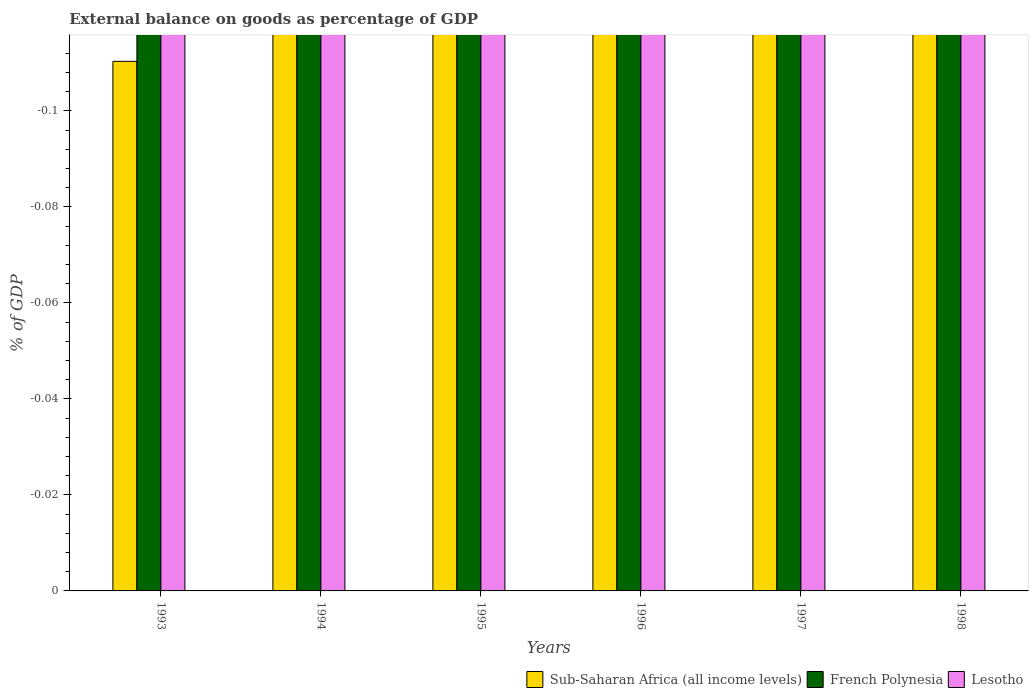
| Years | Sub-Saharan Africa (all income levels) | French Polynesia | Lesotho |
 | --- | --- | --- | --- |
 | 1993 | -0.11 | -22.2 | -103 |
 | 1994 | -0.767 | -21 | -97.4 |
 | 1995 | -1.68 | -22.3 | -98.8 |
 | 1996 | -1.89 | -21.5 | -99.3 |
 | 1997 | -1.78 | -21.9 | -96.2 |
 | 1998 | -6.02 | -24.6 | -118 |